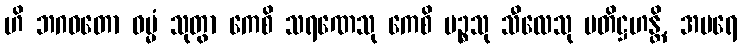
ဟိ ဘဂဝတော ဓမ္မံ သုတွာ ကေစိ သရဏေသု ကေစိ ပဉ္စသု သီလေသု ပတိဋ္ဌဟန္တိ, အပရေ